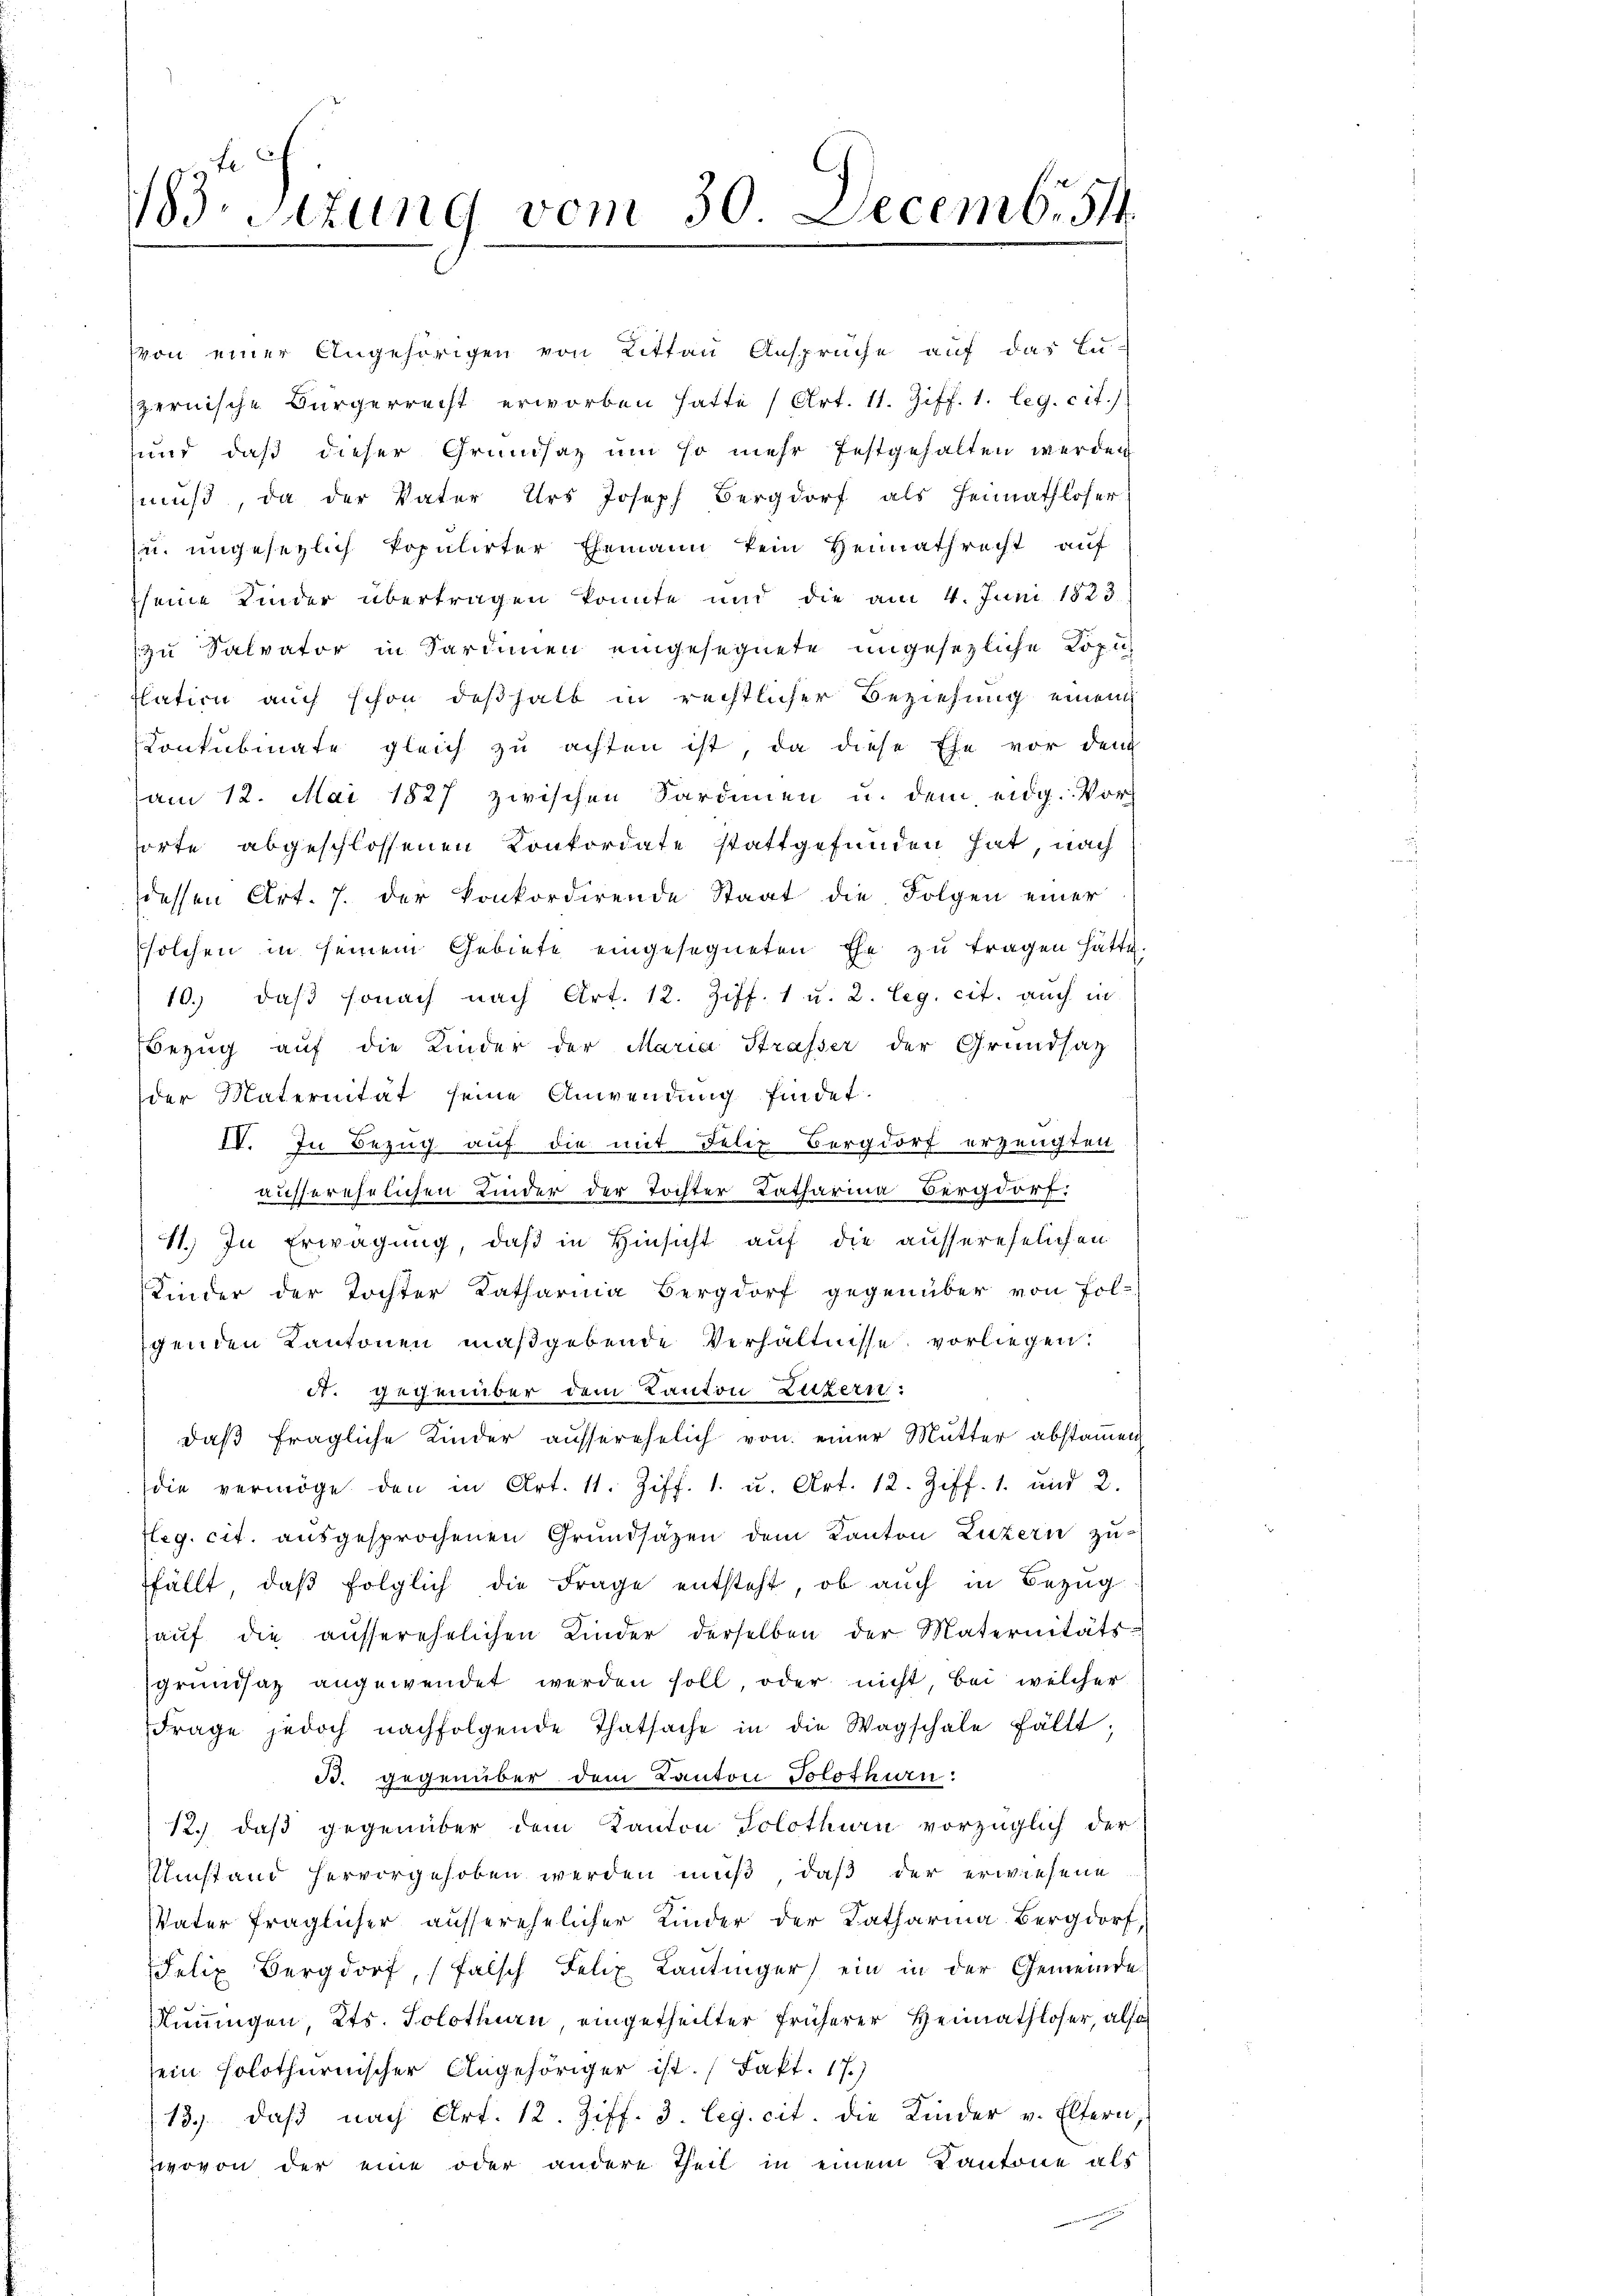
B.sizung vom 30. Decemb. 54.

von einer Angehörigen von Littau Ansprüche auf das Lu-
pernische Bürgerrecht erworben hatte (Art. 11. Ziff. 1. leg. cit.)
und daß dieser Grundsaz um so mehr festgehalten werden
muß, da der Vater Urs Joseph Bergdorf als Heimathloser
zu ungesetzlich Populirter Ehemann kein Heimathrecht auf
seine Kinder übertragen konnte und die am 4. Juni 1823
zu Salvator in Sardinen eingesegnete ungesezliche Lösu
Ilation auch schon deßhalb in rechtlicher Beziehung einen
Konkubinate gleich zu achten ist, da diese Ehe vor dem
am 12. Mai 1827 zwischen Sardinien u. dem eidg. Vor
sorte abgeschlossenen Konkordate stattgefunden hat, nach
dessen Art. 7. der konkordirende Staat die Folgen einer
solchen in seinem Gebiete eingesegneten Ehe zŭ tragen hätte.
10. daβ sonach nach Art. 12. Ziff. 1 u. 2. Leg. cit. auch in
Bezug auf die Kinder der Maria Strasser der Grundsatz
der Maternität seine Anwendung findet.
IV. In Bezug auf die mit Felix Burgdorf erzeugten
ausserehelichen Kinder der Tochter Katharina Bergdorf:
11.) In Erwägung, daß in Hinsicht auf die ausserehelichen
Kinder der Tochter Katharina Bergdorf gegenüber von Fol-
genden Kantonen maßgebende Verhältnisse vorliegen.
A. gegenüber dem Kanton Luzern:
daß fragliche Kinder ausserehelich von einer Mutter abstamen
die vermöge den in Art. 11. Ziff. 1. u. Art. 12. Ziff. 1. und 2.
leg. cit. ausgesprochenen Grundsäzen dem Kanton Luzern zu
ffällt, daß folglich die Frage entsteht, ob auch in Bezug
haŭf die ausserehelichen Kinder derselben der Maternitäts-
grŭndsaz angewendet werden soll, oder nicht, bei welcher
Frage jedoch nachfolgende Thatsache in die Wagschale fällt,
B. gegenüber dem Kanton Solothurn:
12.) daß gegenüber dem Kanton Solothurn vorzüglich der
Umstand hervorgehoben werden muß, daß der erwiesene
VVater fraglicher ausserehelicher Kinder der Katharina Bergdorf,
Felix Burgdorf, falsch Felix Kantinger ein in der Gemeinde
Numugen, Kts. Solothurn, eingetheilter früherer Heimathloser, also
sein solothurnischer Angehöriger ist. Fakt. 17.)
13. daβ nach Art. 12. Ziff. 3. Leg. cit. die Kinder v. Eltern,
wovon der eine oder andere Theil in einem Kantone als